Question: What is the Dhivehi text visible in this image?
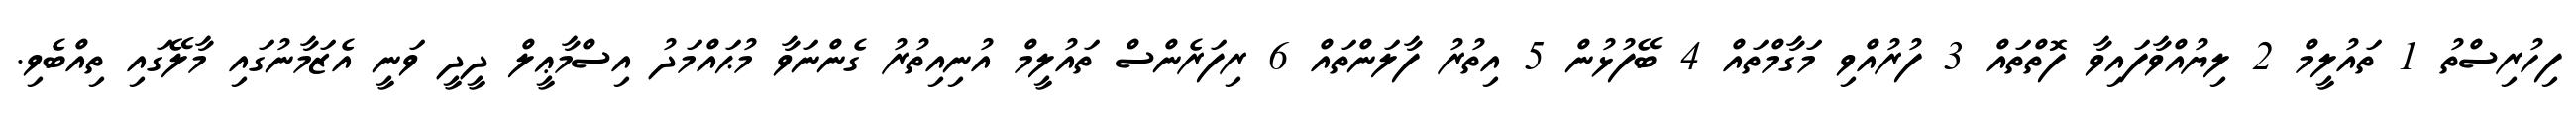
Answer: ފިހުރިސްތު 1 ތައުލީމް 2 ލިޔުއްވާފައިވާ ފޮތްތައް 3 ފުރުއްވި މަގާމްތައް 4 ބޭފުޅުން 5 އިތުރު ފާލަންތައް 6 ރިފަރެންސް ތައުލީމް އުނިއިތުރު ގެންނަވާ މުޙައްމަދު އިސްމާޢީލް ދީދީ ވަނީ އެޒަމާނުގައި މާލޭގައި ތިއްބެވި.